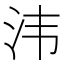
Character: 𣲗